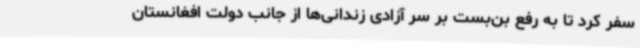
سفر کرد تا به رفع بن‌بست بر سر آزادی زندانی‌ها از جانب دولت افغانستان